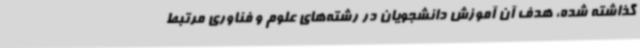
گذاشته شده، هدف آن آموزش دانشجویان در رشته‌های علوم و فناوری مرتبط